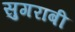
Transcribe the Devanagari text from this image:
सुगराबी